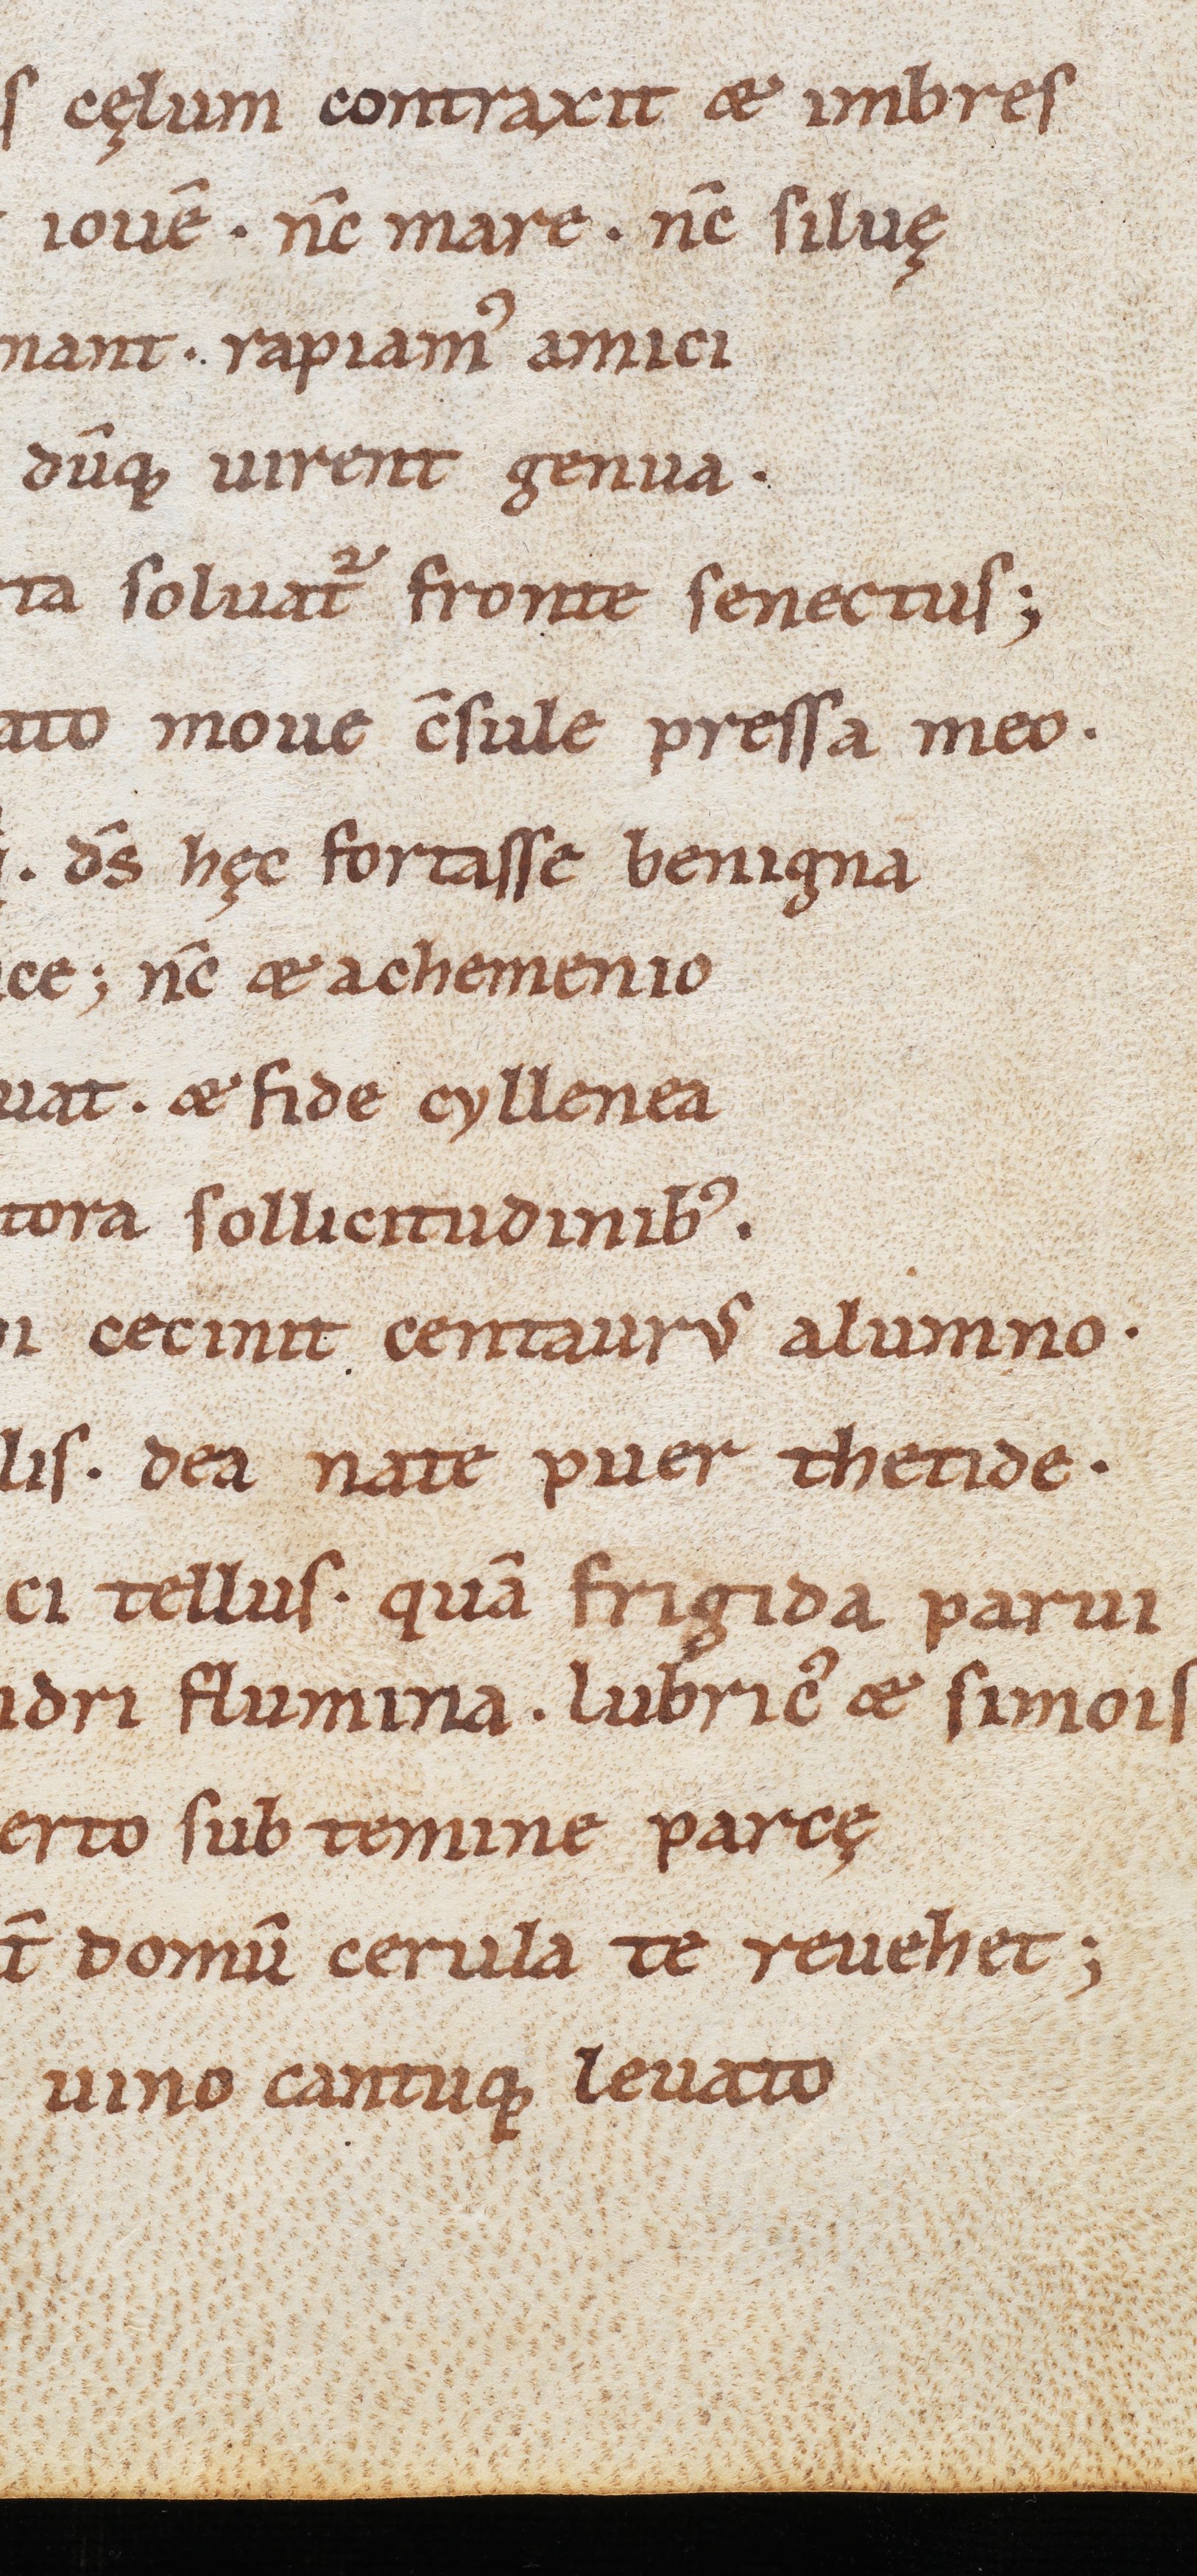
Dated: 900–999